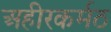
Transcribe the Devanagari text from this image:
अहीरकर्मठ